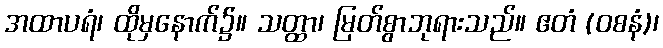
အထာပရံ၊ ထိုမှနောက်၌။ သတ္ထာ၊ မြတ်စွာဘုရားသည်။ ဧတံ (ဝစနံ)၊